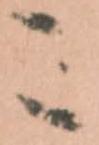
こ